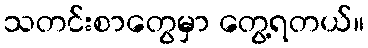
သတင်းစာတွေမှာ တွေ့ရတယ်။